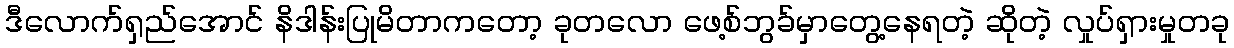
ဒီလောက်ရှည်အောင် နိဒါန်းပြုမိတာကတော့ ခုတလော ဖေ့စ်ဘွခ်မှာတွေ့နေရတဲ့ ဆိုတဲ့ လှုပ်ရှားမှုတခု